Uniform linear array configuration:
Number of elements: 8
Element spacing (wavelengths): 1
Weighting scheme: exponential
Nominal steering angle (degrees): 30
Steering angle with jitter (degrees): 30.68
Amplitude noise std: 0.05
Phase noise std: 0.05

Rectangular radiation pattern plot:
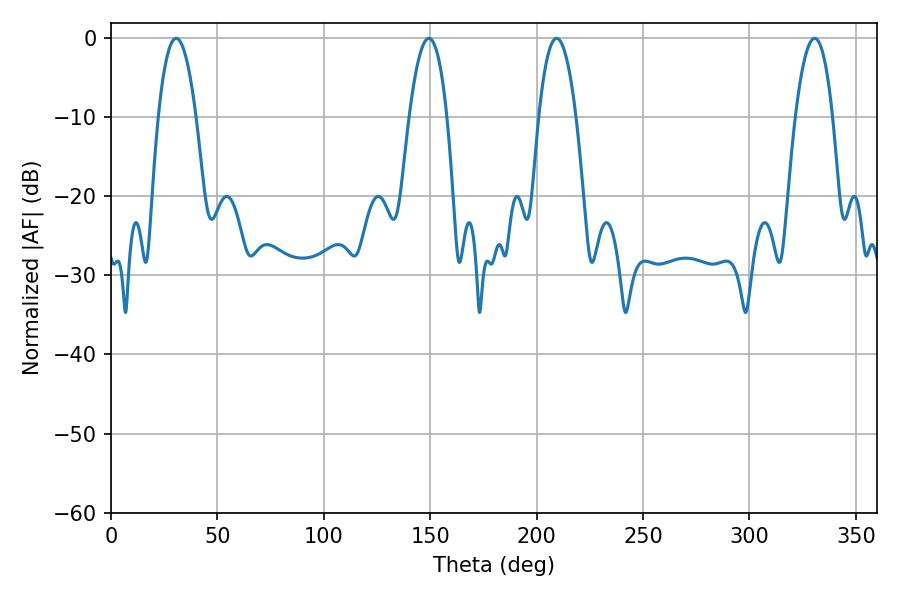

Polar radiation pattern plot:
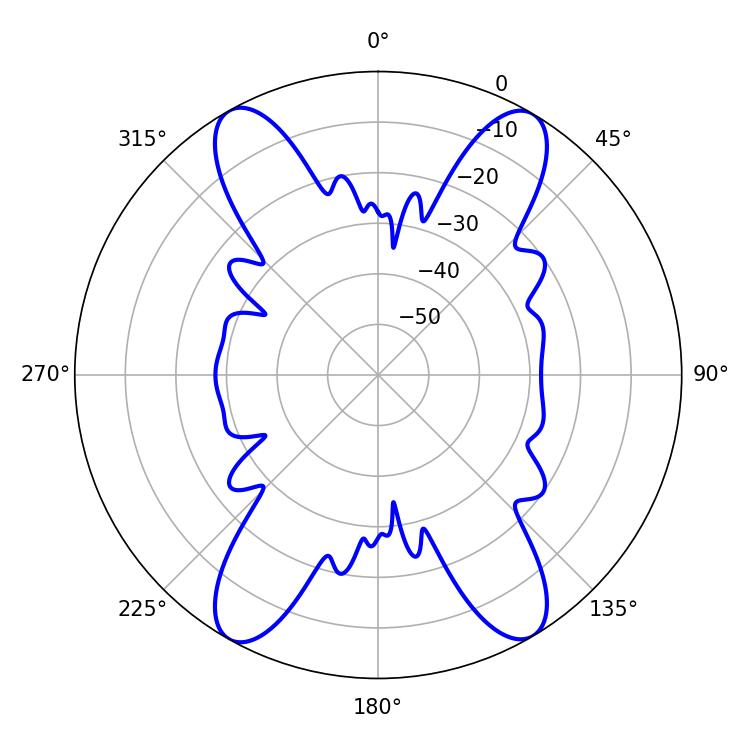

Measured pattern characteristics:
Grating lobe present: TRUE
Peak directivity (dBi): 22.166
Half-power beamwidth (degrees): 9.72
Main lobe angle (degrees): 30.6